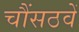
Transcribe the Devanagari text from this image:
चौंसठवें